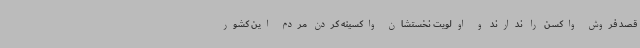
قصد فروش واکسن را ندارند و اولویت نخستشان واکسینه کردن مردم این کشور